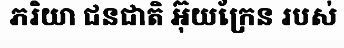
ភរិយា ជនជាតិ អ៊ុយក្រែន របស់